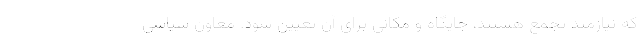
که نیازمند تجمع هستند، جایگاه و مکانی برای آن تعیین شود. معاون سیاسی